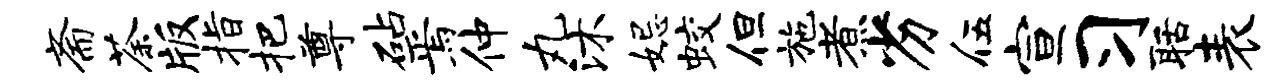
斋荼版指把尊砧焉仲丸沐妃蛟但施煮劣伍宣习聒表